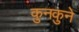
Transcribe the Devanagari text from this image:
कुनकुने